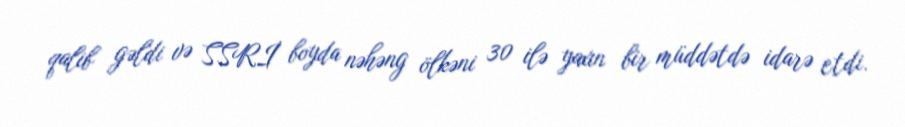
qalib gəldi və SSRİ boyda nəhəng ölkəni 30 ilə yaxın bir müddətdə idarə etdi.